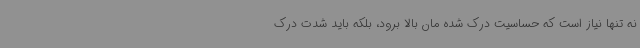
نه تنها نیاز است که حساسیت درک شده مان بالا برود، بلکه باید شدت درک